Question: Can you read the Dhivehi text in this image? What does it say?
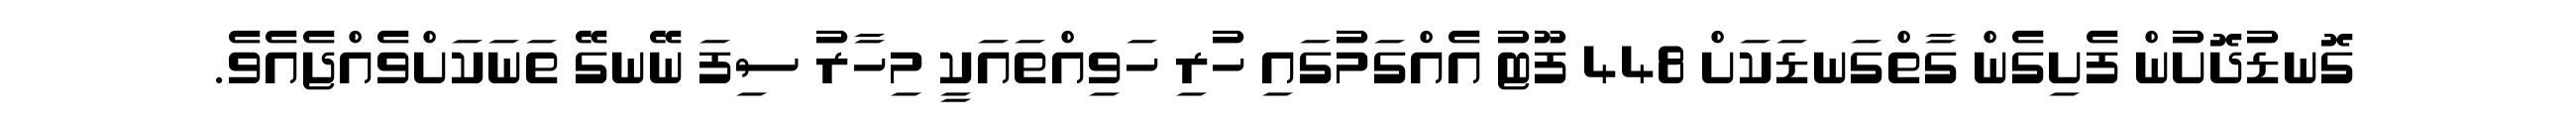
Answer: ގޮނޑުދޮށުން ފެށިގެން ގާތްގަނޑަކަށް 448 ފޫޓު އެއްގަމުގައި ހުރި ހަވިއްތައަކީ މިހާރު ސިފަ ނޭނގޭ ތަނަކަށްވެއްޖެއެވެ.